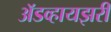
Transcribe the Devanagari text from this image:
अॅडव्हायझरी